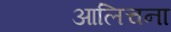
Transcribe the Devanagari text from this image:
आलिचना